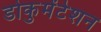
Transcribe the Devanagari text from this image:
डोकुमेंटेशन